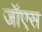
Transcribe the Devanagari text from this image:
जॉएस